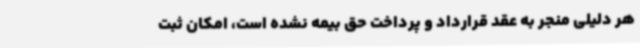
هر دلیلی منجر به عقد قرارداد و پرداخت حق بیمه نشده است، امکان ثبت